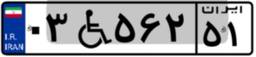
۰۳W۵۶۲۵۱